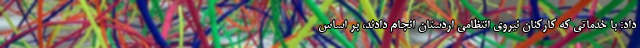
داد: با خدماتی که کارکنان نیروی انتظامی اردستان انجام دادند، بر اساس